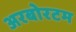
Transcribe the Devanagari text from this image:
अरबोरटम